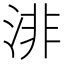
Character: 渄